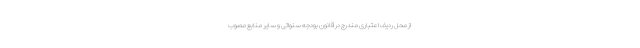
از محل ردیف اعتباری مندرج در قانون بودجه سنواتی و سایر منابع مصوب